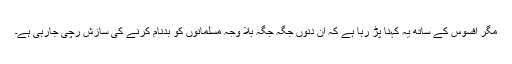
مگر افسوس کے ساتھ یہ کہنا پڑ رہا ہے کہ ان دنوں جگہ جگہ بلا وجہ مسلمانوں کو بدنام کرنے کی سازش رچی جارہی ہے۔